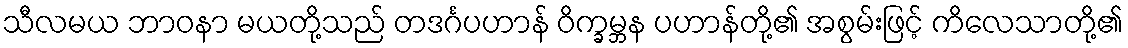
သီလမယ ဘာဝနာ မယတို့သည် တဒင်္ဂပဟာန် ဝိက္ခမ္ဘန ပဟာန်တို့၏ အစွမ်းဖြင့် ကိလေသာတို့၏